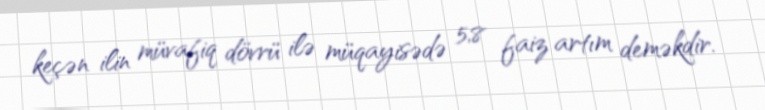
keçən ilin müvafiq dövrü ilə müqayisədə 5,8 faiz artım deməkdir.